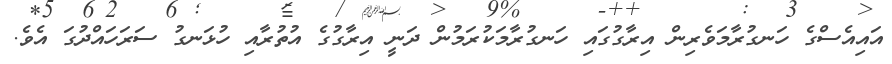
އައިއެސްގެ ހަނގުރާމަވެރިން އިރާގުގައި ހަނގުރާމަކުރަމުން ދަނީ އިރާގުގެ އުތުރާއި ހުޅަނގު ސަރަހައްދުގަ އެވެ.